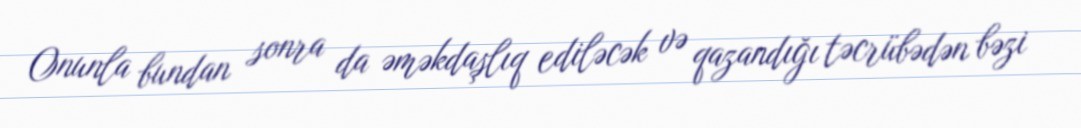
Onunla bundan sonra da əməkdaşlıq ediləcək və qazandığı təcrübədən bəzi